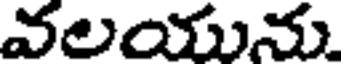
వలయును